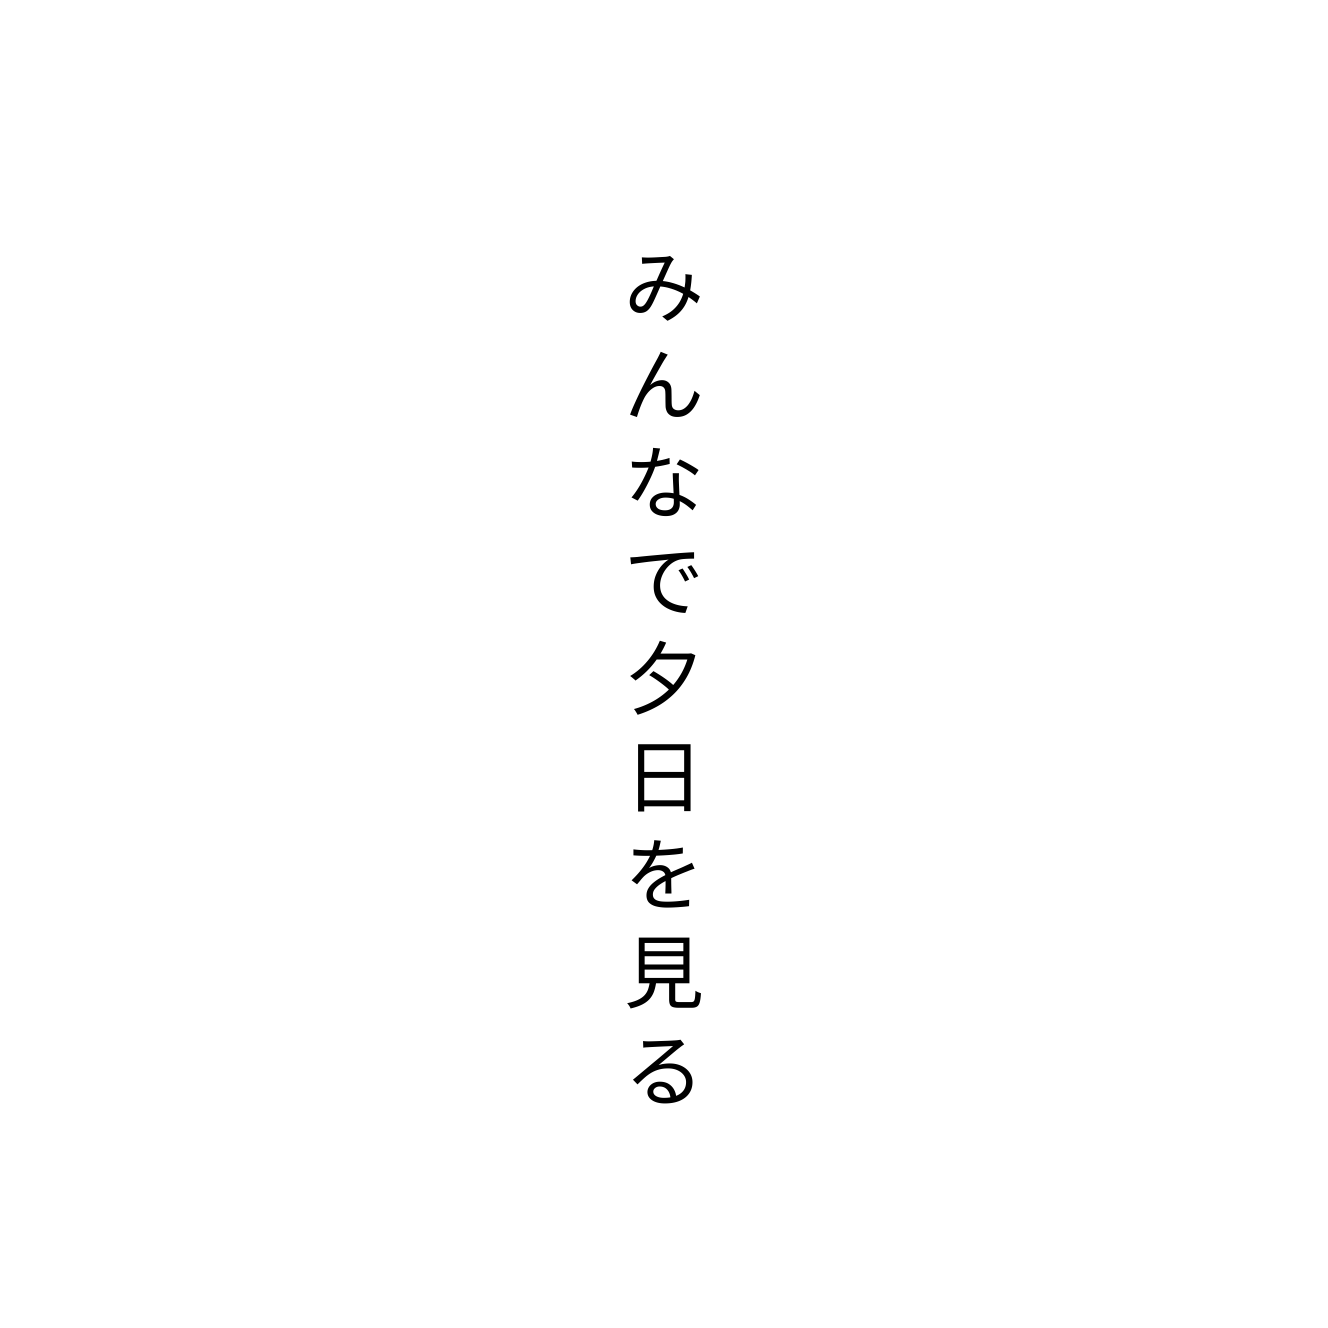
みんなで夕日を見る